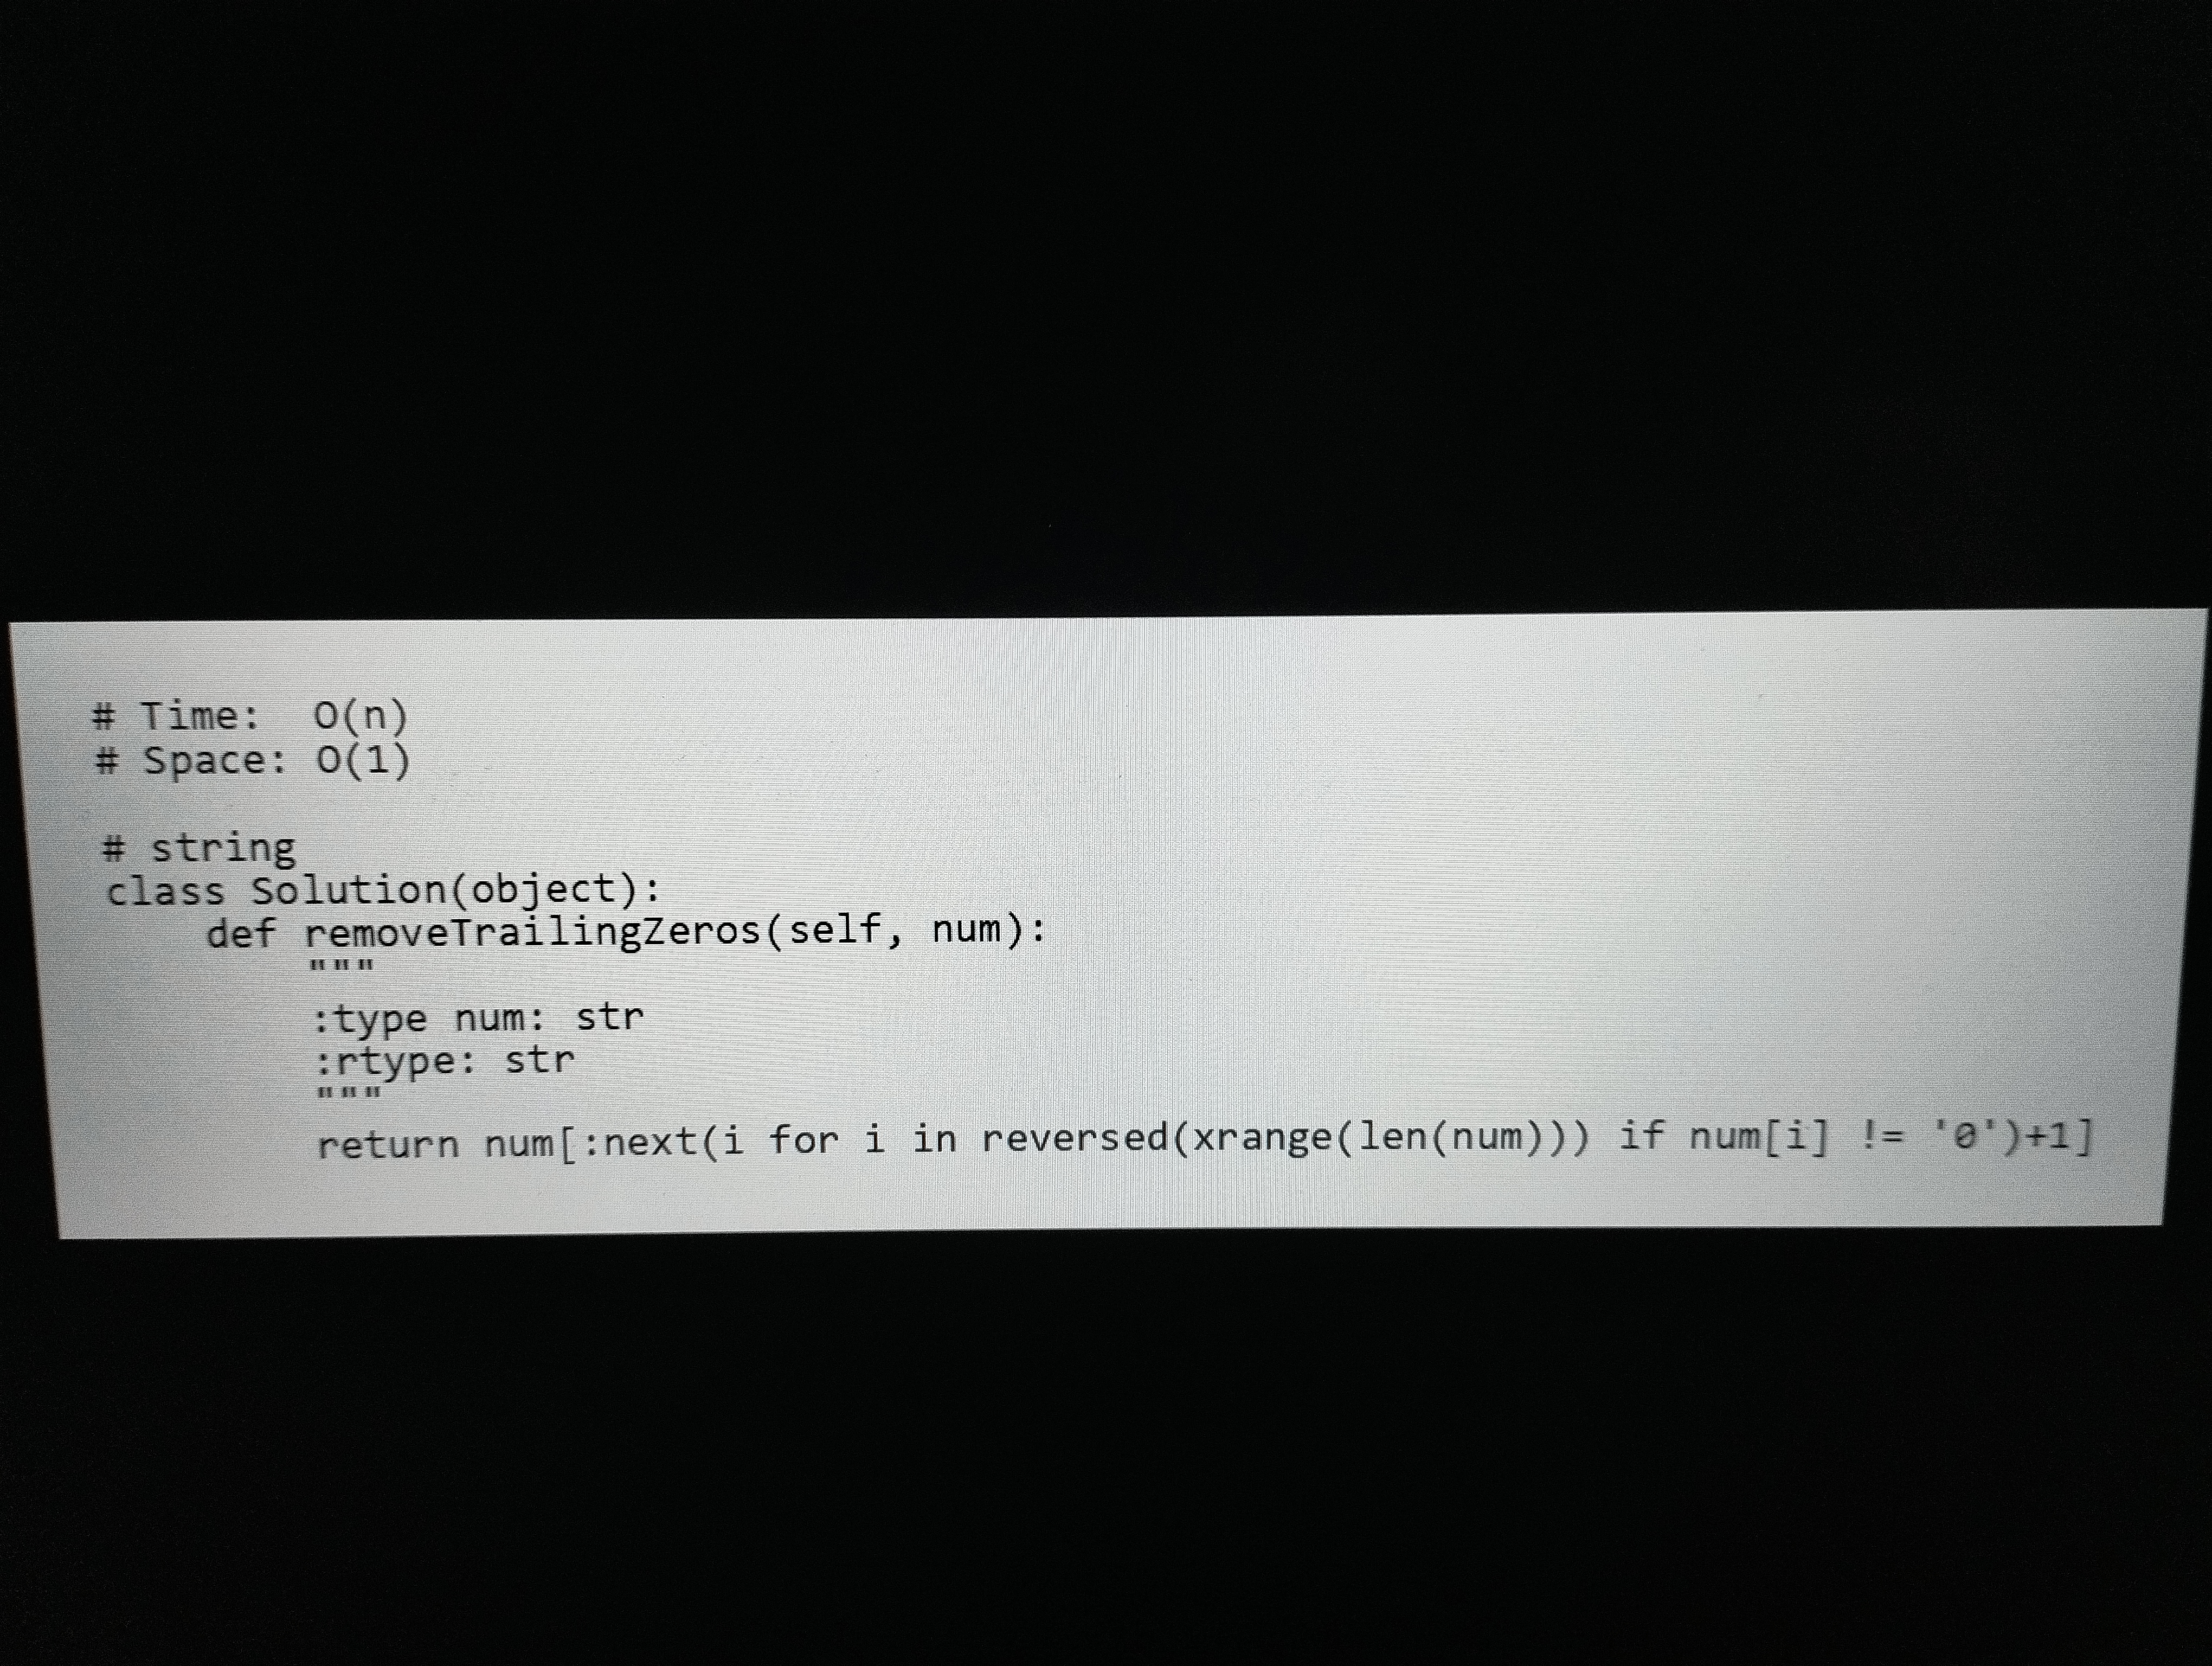
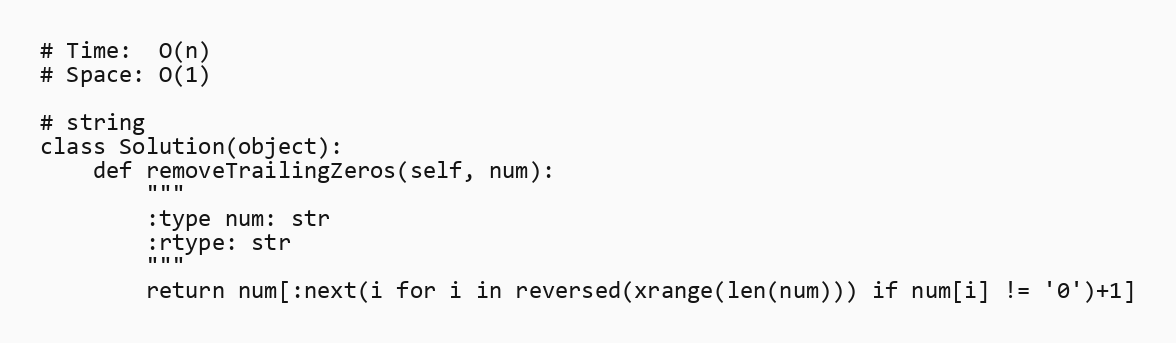
# Time:  O(n)
# Space: O(1)

# string
class Solution(object):
    def removeTrailingZeros(self, num):
        """
        :type num: str
        :rtype: str
        """
        return num[:next(i for i in reversed(xrange(len(num))) if num[i] != '0')+1]